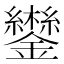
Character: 𮣩